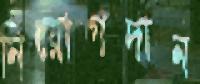
নিয়োগদান